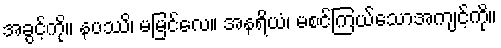
အခွင့်ကို။ နပဿိ၊ မမြင်လေ။ အနရိယံ၊ မစင်ကြယ်သောအကျင့်ကို။